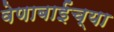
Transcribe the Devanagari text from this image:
वेणाबाईंच्या